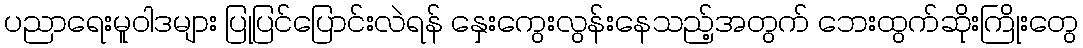
ပညာရေးမူဝါဒများ ပြုပြင်ပြောင်းလဲရန် နှေးကွေးလွန်းနေသည့်အတွက် ဘေးထွက်ဆိုးကြိုးတွေ